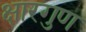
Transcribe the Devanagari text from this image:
क्षारगुण